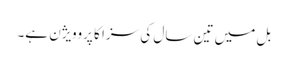
بل میں تین سال کی سزا کا پروویژن ہے۔